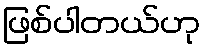
ဖြစ်ပါတယ်ဟု